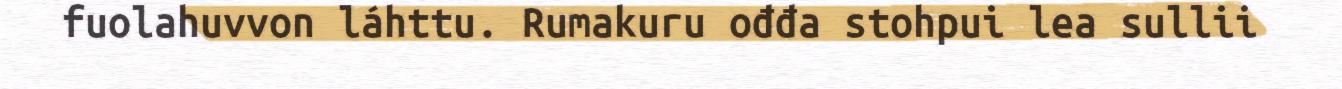
fuolahuvvon láhttu. Rumakuru ođđa stohpui lea sullii